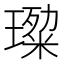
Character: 𭹷